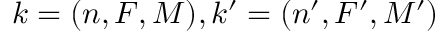
k = ( n , F , M ) , k ^ { \prime } = ( n ^ { \prime } , F ^ { \prime } , M ^ { \prime } )